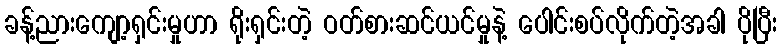
ခန့်ညားကျော့ရှင်းမှုဟာ ရိုးရှင်းတဲ့ ဝတ်စားဆင်ယင်မှုနဲ့ ပေါင်းစပ်လိုက်တဲ့အခါ ပိုပြီး